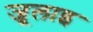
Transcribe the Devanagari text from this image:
जूलाइ